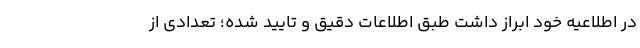
در اطلاعیه خود ابراز داشت طبق اطلاعات دقیق و تایید شده؛ تعدادی از